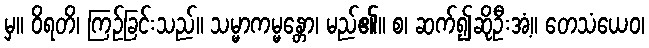
မှ။ ဝိရတိ၊ ကြဉ်ခြင်းသည်။ သမ္မာကမ္မန္တော၊ မည်၏။ စ၊ ဆက်၍ဆိုဦးအံ့။ တေသံယေဝ၊